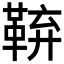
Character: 𮧜